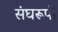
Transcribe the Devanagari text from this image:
संघरूपी